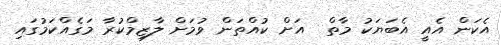
އެކަން އެއީ އެބަޔަކު މާތް  އަށް ކުއްތަން ވުމަށް ލާޒިމްކުރާ މަގެއްކަމުގައި